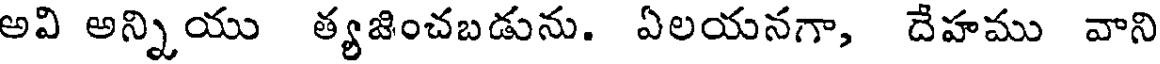
అవి అన్నియు త్యజించబడును. ఏలయనగా, దేహము వాని